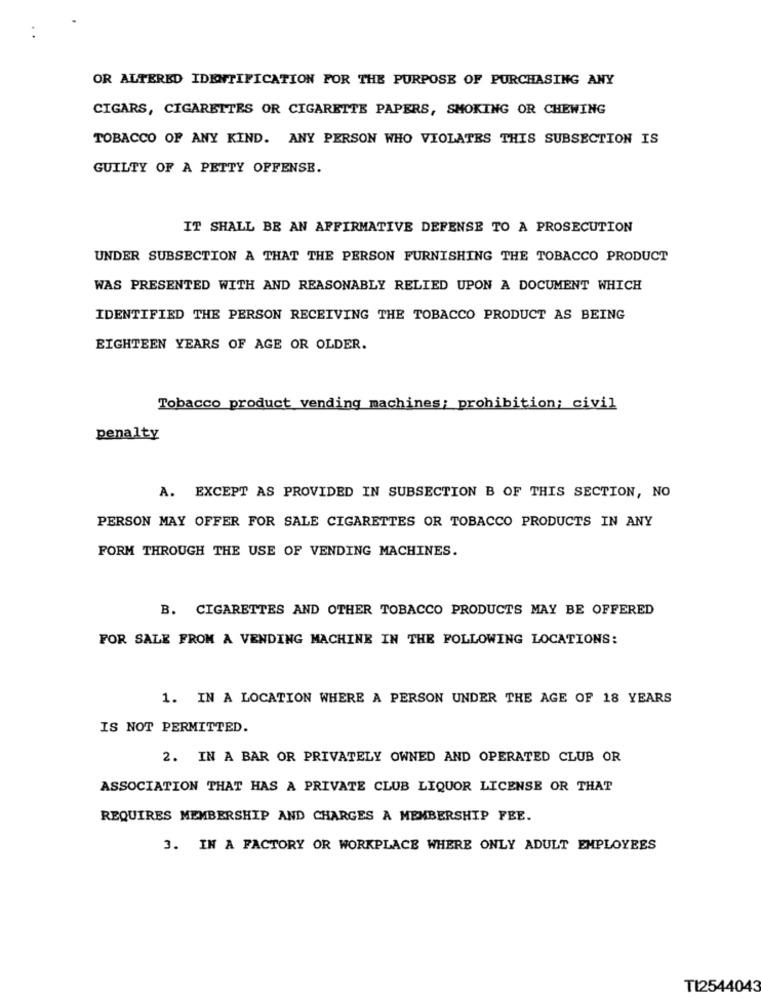
OR ALTERED IDENTIFICATION FOR THE PURPOSE OF PURCHASING ANY
CIGARS, CIGARETTES OR CIGARETTE PAPERS, SMOKING OR CHEWING
TOBACCO OF ANY KIND. ANY PERSON WHO VIOLATES THIS SUBSECTION IS
GUILTY OF A PETTY OFFENSE.
IT SHALL BE AN AFFIRMATIVE DEFENSE TO A PROSECUTION
UNDER SUBSECTION A THAT THE PERSON FURNISHING THE TOBACCO PRODUCT
WAS PRESENTED WITH AND REASONABLY RELIED UPON A DOCUMENT WHICH
IDENTIFIED THE PERSON RECEIVING THE TOBACCO PRODUCT AS BEING
EIGHTEEN YEARS OF AGE OR OLDER.
Tobacco product vending machines; prohibition; civil
penalty
A. EXCEPT AS PROVIDED IN SUBSECTION B OF THIS SECTION, NO
PERSON MAY OFFER FOR SALE CIGARETTES OR TOBACCO PRODUCTS IN ANY
FORM THROUGH THE USE OF VENDING MACHINES.
B. CIGARETTES AND OTHER TOBACCO PRODUCTS MAY BE OFFERED
FOR SALE FROM A VENDING MACHINE IN THE FOLLOWING LOCATIONS:
1. IN A LOCATION WHERE A PERSON UNDER THE AGE OF 18 YEARS
IS NOT PERMITTED.
2. IN A BAR OR PRIVATELY OWNED AND OPERATED CLUB OR
ASSOCIATION THAT HAS A PRIVATE CLUB LIQUOR LICENSE OR THAT
REQUIRES MEMBERSHIP AND CHARGES A MEMBERSHIP FEE.
3. IN A FACTORY OR WORKPLACE WHERE ONLY ADULT EMPLOYEES
TI2544043